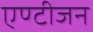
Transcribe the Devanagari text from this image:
एण्टीजन